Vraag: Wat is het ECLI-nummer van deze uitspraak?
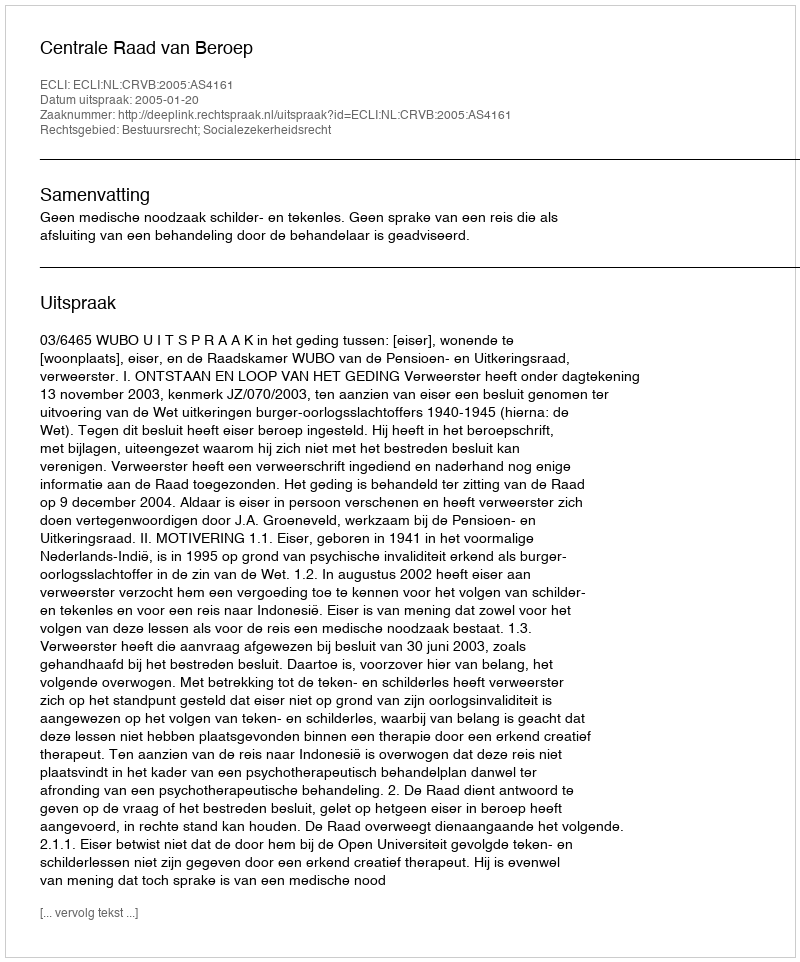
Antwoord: ECLI:NL:CRVB:2005:AS4161